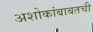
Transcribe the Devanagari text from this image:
अशोकांबाबतची